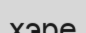
хэре